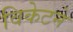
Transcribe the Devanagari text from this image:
विकेटने